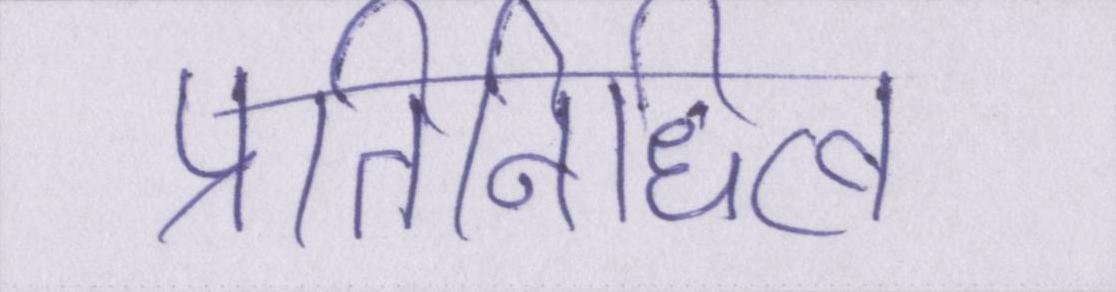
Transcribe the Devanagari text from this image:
प्रतिनिधित्व